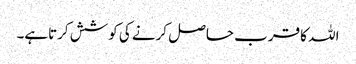
اللہ کا قرب حاصل کرنے کی کوشش کرتاہے۔